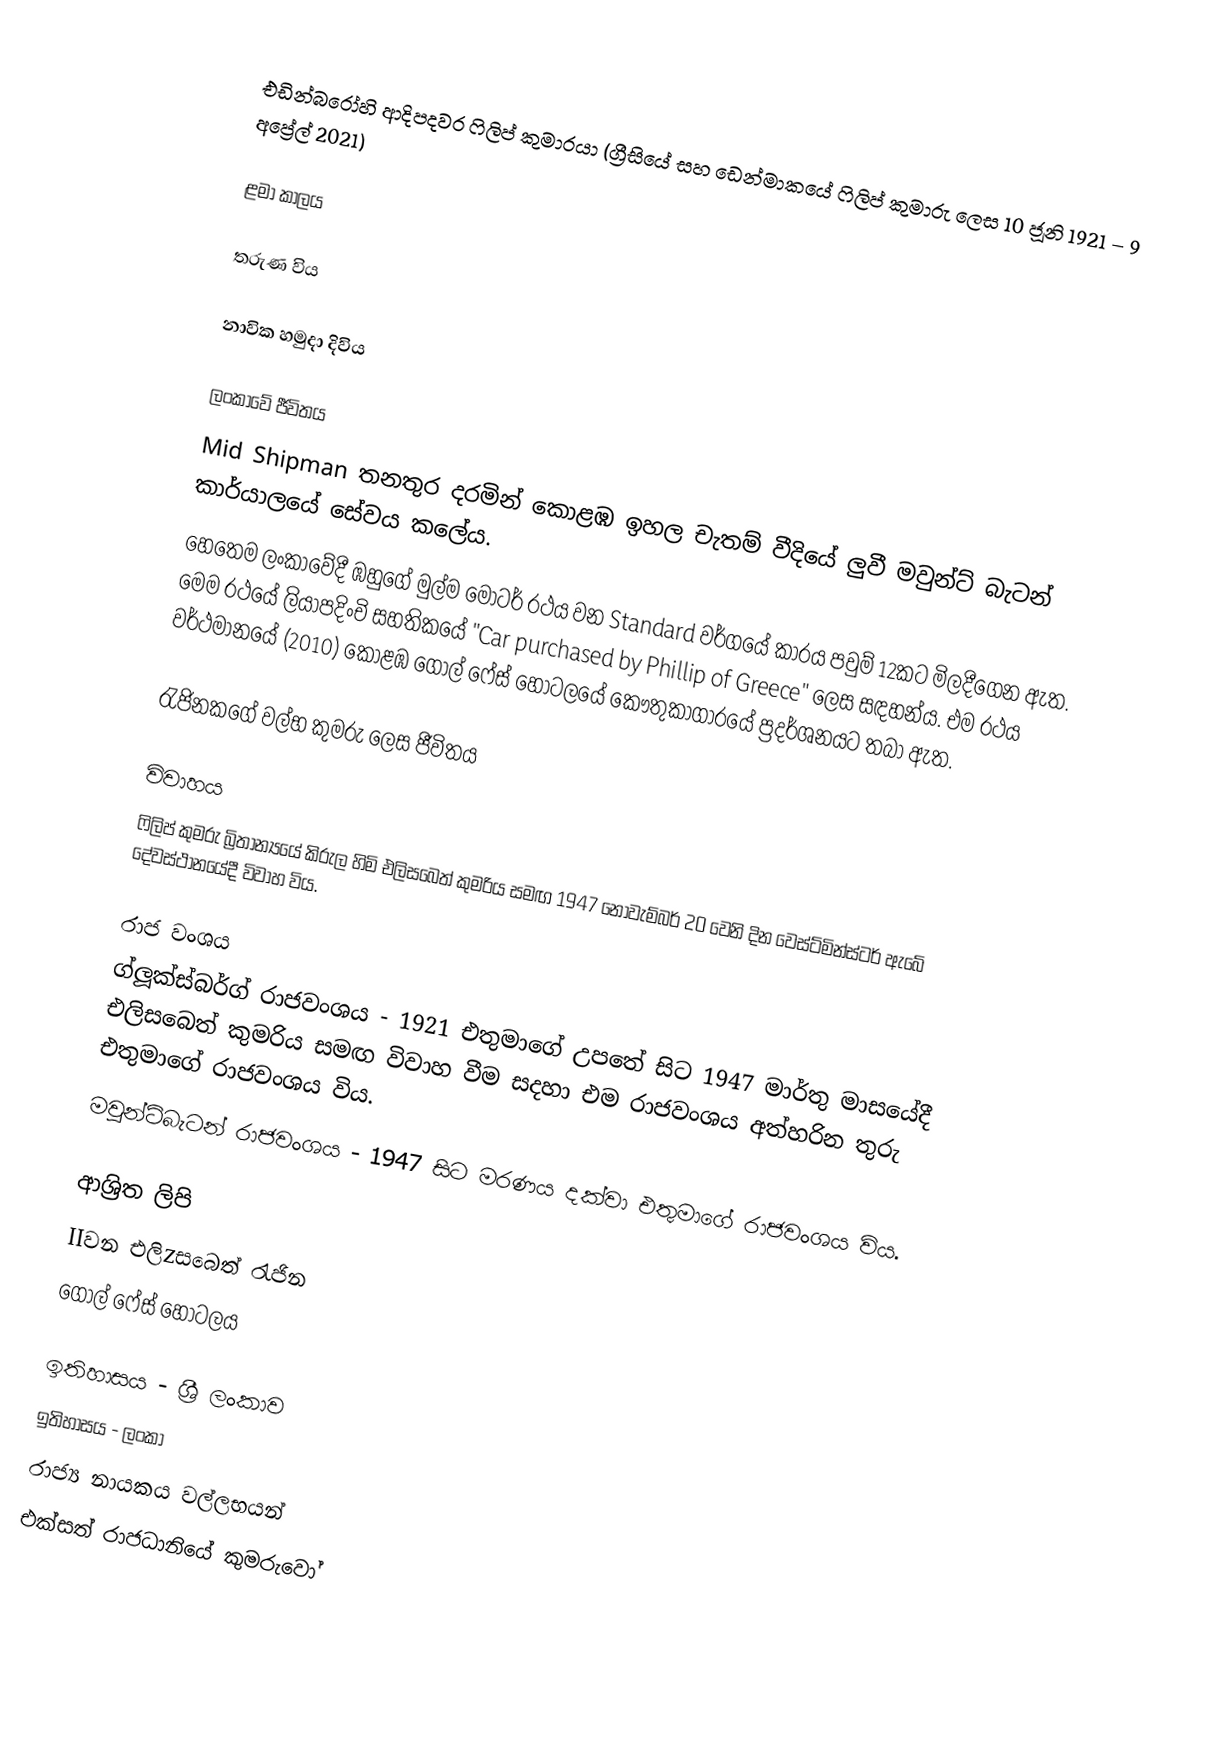
එඩින්බරෝහි ආදිපදවර ෆිලිප් කුමාරයා (ග්‍රීසියේ සහ ඩෙන්මාකයේ ෆිලිප් කුමාරු ලෙස 10 ජූනි 1921 – 9 අප්‍රේල් 2021)

ළමා කාලය

තරුණ විය

නාවික හමුදා දිවිය

ලංකාවේ ජීවිතය
Mid Shipman තනතුර දරමින් කොළඹ ඉහල චැතම් වීදියේ ලුවී මවුන්ට් බැටන් කාර්යාලයේ සේවය කලේය.
හෙතෙම ලංකාවේදී ඹහුගේ මුල්ම මෝටර් රථය වන Standard වර්ගයේ කාරය පවුම් 12කට මිලදීගෙන ඇත. මෙම රථයේ ලියාපදිංචි සහතිකයේ "Car purchased by Phillip of Greece" ලෙස සඳහන්ය. එම රථය වර්ථමානයේ (2010) කොළඹ ගෝල් ෆේස් හෝටලයේ කෞතුකාගාරයේ ප්‍රදර්ශනයට තබා ඇත.

රැජිනකගේ වල්භ කුමරු ලෙස ජීවිතය

විවාහය
ෆිලිප් කුමරු බ්‍රිතාන්‍යයේ කිරුල හිමි එලිසබෙත් කුමරිය  සමඟ 1947 නොවැම්බර් 20 වෙනි දින වෙස්ට්මින්ස්ටර් ඇබේ දේවස්ථානයේදී විවාහ විය.

රාජ වංශය
ග්ලූක්ස්බර්ග් රාජවංශය - 1921 එතුමාගේ උපතේ සිට 1947 මාර්තු මාසයේදී එලිසබෙත් කුමරිය සමඟ විවාහ වීම සදහා එම රාජවංශය අත්හරින තුරු එතුමාගේ රාජවංශය විය.
මවුන්ට්බැටන් රාජවංශය - 1947 සිට මරණය දක්වා එතුමාගේ රාජවංශය විය.

ආශ්‍රිත ලිපි
 IIවන එලිzසබෙත් රැජින
 ගෝල් ෆේස් හෝටලය

ඉතිහාසය - ශ්‍රී ලංකාව
ඉතිහාසය - ලංකා
රාජ්‍ය නායකය වල්ලභයන්
එක්සත් රාජධානියේ කුමරුවෝ